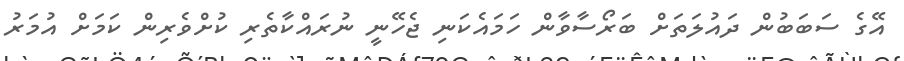
އޭގެ ސަބަބުން ދައުލަތަށް ބަރޯސާވާން ހަމައެކަނި ޖެހޭނީ ނުރައްކާތެރި ކުށްވެރިން ކަމަށް އުމަރު